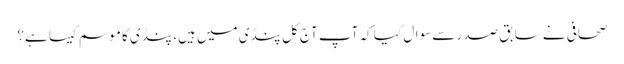
صحافی نے سابق صدر سے سوال کیا کہ آپ آج کل پنڈی میں ہیں، پنڈی کا موسم کیسا ہے؟